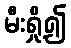
မီးရှို့၍